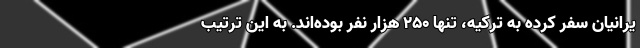
یرانیان سفر کرده به ترکیه، تنها ۲۵۰ هزار نفر بوده‌اند. به این ترتیب